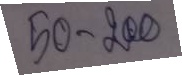
50 - 200